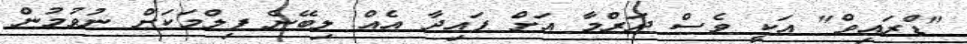
"ޑްރައިވް" އަކީ ވެސް ދަރްމާ އަށް ފައިދާ އެއް ލިބޭނެ ފިލްމަކަށް ނުވުމުން